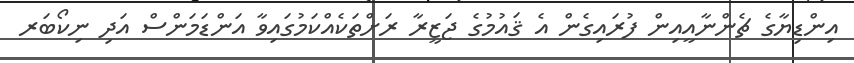
އިންޑިޔާގެ ޗެންނާއީއިން ފުރައިގެން އެ ޤައުމުގެ ޖަޒީރާ ރަށްތަކެއްކަމުގައިވާ އަންޑަމަންސް އަދި ނިކޯބަރ